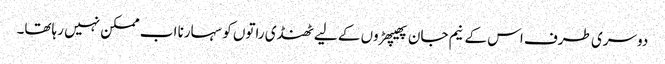
دوسری طرف اس کے نیم جان پھیپھڑوں کے لیے ٹھنڈی راتوں کو سہارنا اب ممکن نہیں رہاتھا۔